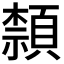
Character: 𮨕